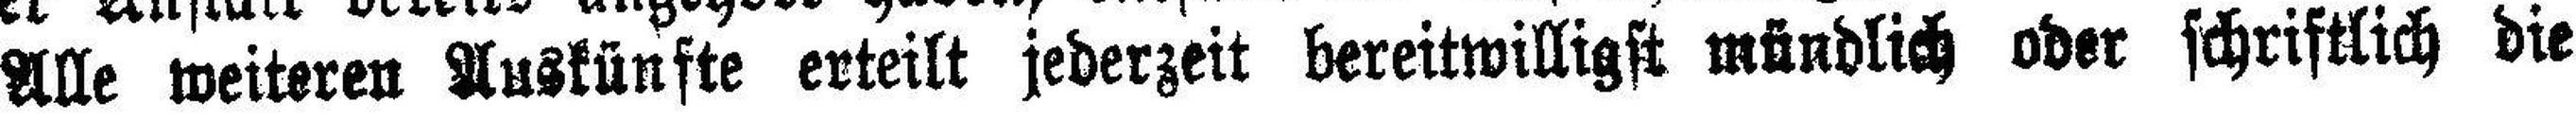
Alle weiteren Auskünfte erteilt jederzeit bereitwilligst mündlich oder schriftlich die